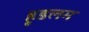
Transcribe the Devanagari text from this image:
हूडलम